Lunatic asylums in Bengal annual reports 1912-1924 - 1912-1924
Year: 1912
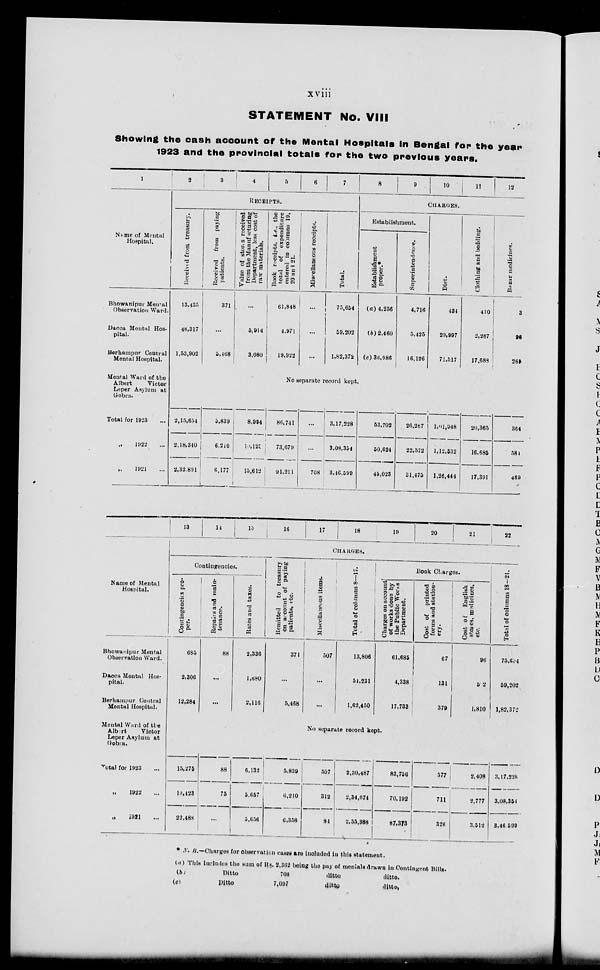
xviii
STATEMENT No. VIII
Showing the cash account of the Mental Hospitals in Bengal for the year
1923 and the provincial totals for the two previous years.
1
Name of Mental
Hospital.
Bhowanipur Mental
Observation Ward.
Dacca Mental Hos-
pital.
Berhampur Central
Mental Hospital.
Mental Ward of the
Albert
Victor
Leper Asylum at
Gobra.
Total for 1923 ...
„ 1922 ...
„
1921 ...
2
3
4
5
6
7
RECEIPTS.
Received from treasury.
13,435
48,317
1,53,902
2,15,654
2,18,340
2,32,891
Received from paying
patients.
371
...
5,468
5,839
6,210
6,177
Value of stors received
from the Manufcturing
Department, less cost of
raw materials.
...
5,914
3,080
8,994
12,125
15,612
Book receipts, i.e., the
total of expenditure
entered in columns 19,
20 and 21.
61,848
4,971
19,922
Miscellaneous receipts.
...
...
...
Total.
75,654
59,202
1,82,372
No separate record kept.
86,741
73,679
91,211
...
...
708
3,17,228
3,08,354
3,46,599
|
8
9
10
11
12
CHARGES.
Establishment.
Establishment
proper.*
(a) 4,256
(b) 2,460
(c) 36,986
53,702
50,624
45,023
Superintendence.
4,716
5,425
16,126
26,267
22,572
31,475
Diet.
434
29,997
71,517
1,01,948
1,12,532
1,26,444
Clothing and bedding.
410
2,267
17,683
20,365
16,685
17,391
Bazar medicines.
3
96
265
364
584
469
Name of Mental
Hospital.
Bhowanipur Mental
Observation Ward.
Dacca Mental Hos-
pital.
Berhampur Central
Mental Hospital.
Mental Ward of the
Albert
Victor
Leper Asylum at
Gobra.
Total for 1923 ...
„ 1922 ...
„ 1921 ...
13
14
15
16
17
18
19
20
21
22
CHARGES.
Contingencies.
Contingencies pro-
per.
685
2,306
12,284
15,275
19,423
22,488
Repairs and main-
tenance.
88
...
...
88
75
...
Rates and taxes.
2,336
1,680
2,116
6,132
5,657
5,656
Remitted
to treasury
on account of paying
patients, etc.
371
...
5,468
5,839
6,210
6,358
Miscellaneous items.
507
...
...
Total of columns 8—17.
13,806
54,231
1,62,450
Book Charges.
Charges on account
of works done by
the Public Works
Department.
61,685
4,338
17,733
No separate record kept.
507
312
84
2,30,487
2,34,674
2,55,388
83,756
70,192
87,373
Cost of printed
forms and station-
ery.
67
131
379
577
711
326
Cost of
English
states, medicines,
etc.
96
5 2
1,810
2,408
2,777
3,512
Total of columns 18—21.
75,654
59,202
1,82,372
3,17,228
3,08,354
3,46,599
* N. B.—Charges for observation cases are included in this statement.
(a)
(b)
(c)
This includes the sum
Ditto
Ditto
of Rs. 2,362 being the
708
7,097
pay of mentals
ditto
ditto
drawn in Contingent Bills.
ditto.
ditto.